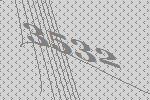
3532